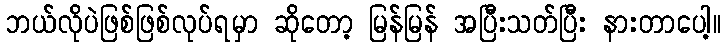
ဘယ်လိုပဲဖြစ်ဖြစ်လုပ်ရမှာ ဆိုတော့ မြန်မြန် အပြီးသတ်ပြီး နားတာပေါ့။